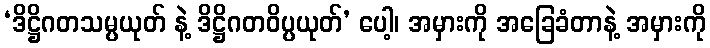
‘ဒိဋ္ဌိဂတသမ္ပယုတ် နဲ့ ဒိဋ္ဌိဂတဝိပ္ပယုတ်’ ပေါ့၊ အမှားကို အခြေခံတာနဲ့ အမှားကို